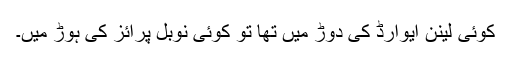
کوئی لینن ایوارڈ کی دوڑ میں تھا تو کوئی نوبل پرائز کی ہوڑ میں۔